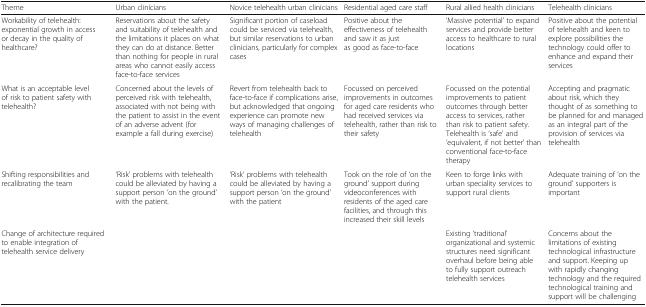
<table><thead><tr><td><b>Theme</b></td><td><b>Urban clinicians</b></td><td><b>Novice telehealth urban clinicians</b></td><td><b>Residential aged care staff</b></td><td><b>Rural allied health clinicians</b></td><td><b>Telehealth clinicians</b></td></tr></thead><tbody><tr><td>Workability of telehealth: exponential growth in access or decay in the quality of healthcare?</td><td>Reservations about the safety and suitability of telehealth and the limitations it places on what they can do at distance. Better than nothing for people in rural areas who cannot easily access face-to-face services</td><td>Significant portion of caseload could be serviced via telehealth, but similar reservations to urban clinicians, particularly for complex cases</td><td>Positive about the effectiveness of telehealth and saw it as just as good as face-to-face</td><td>‘Massive potential’ to expand services and provide better access to healthcare to rural locations</td><td>Positive about the potential of telehealth and keen to explore possibilities the technology could offer to enhance and expand their services</td></tr><tr><td>What is an acceptable level of risk to patient safety with telehealth?</td><td>Concerned about the levels of perceived risk with telehealth, associated with not being with the patient to assist in the event of an adverse advent (for example a fall during exercise)</td><td>Revert from telehealth back to face-to-face if complications arise, but acknowledged that ongoing experience can promote new ways of managing challenges of telehealth</td><td>Focussed on perceived improvements in outcomes for aged care residents who had received services via telehealth, rather than risk to their safety</td><td>Focussed on the potential improvements to patient outcomes through better access to services, rather than risk to patient safety. Telehealth is ‘safe’ and ‘equivalent, if not better’ than conventional face-to-face therapy</td><td>Accepting and pragmatic about risk, which they thought of as something to be planned for and managed as an integral part of the provision of services via telehealth</td></tr><tr><td>Shifting responsibilities and recalibrating the team</td><td>‘Risk’ problems with telehealth could be alleviated by having a support person ‘on the ground’ with the patient.</td><td>‘Risk’ problems with telehealth could be alleviated by having a support person ‘on the ground’ with the patient</td><td>Took on the role of ‘on the ground’ support during videoconferences with residents of the aged care facilities, and through this increased their skill levels</td><td>Keen to forge links with urban speciality services to support rural clients</td><td>Adequate training of ‘on the ground’ supporters is important</td></tr><tr><td>Change of architecture required to enable integration of telehealth service delivery</td><td></td><td></td><td></td><td>Existing ‘traditional’ organizational and systemic structures need significant overhaul before being able to fully support outreach telehealth services</td><td>Concerns about the limitations of existing technological infrastructure and support. Keeping up with rapidly changing technology and the required technological training and support will be challenging</td></tr></tbody></table>